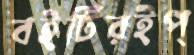
বইটিরইপ্